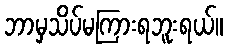
ဘာမှသိပ်မကြားရဘူးရယ်။